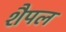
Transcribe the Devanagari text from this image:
शैपल